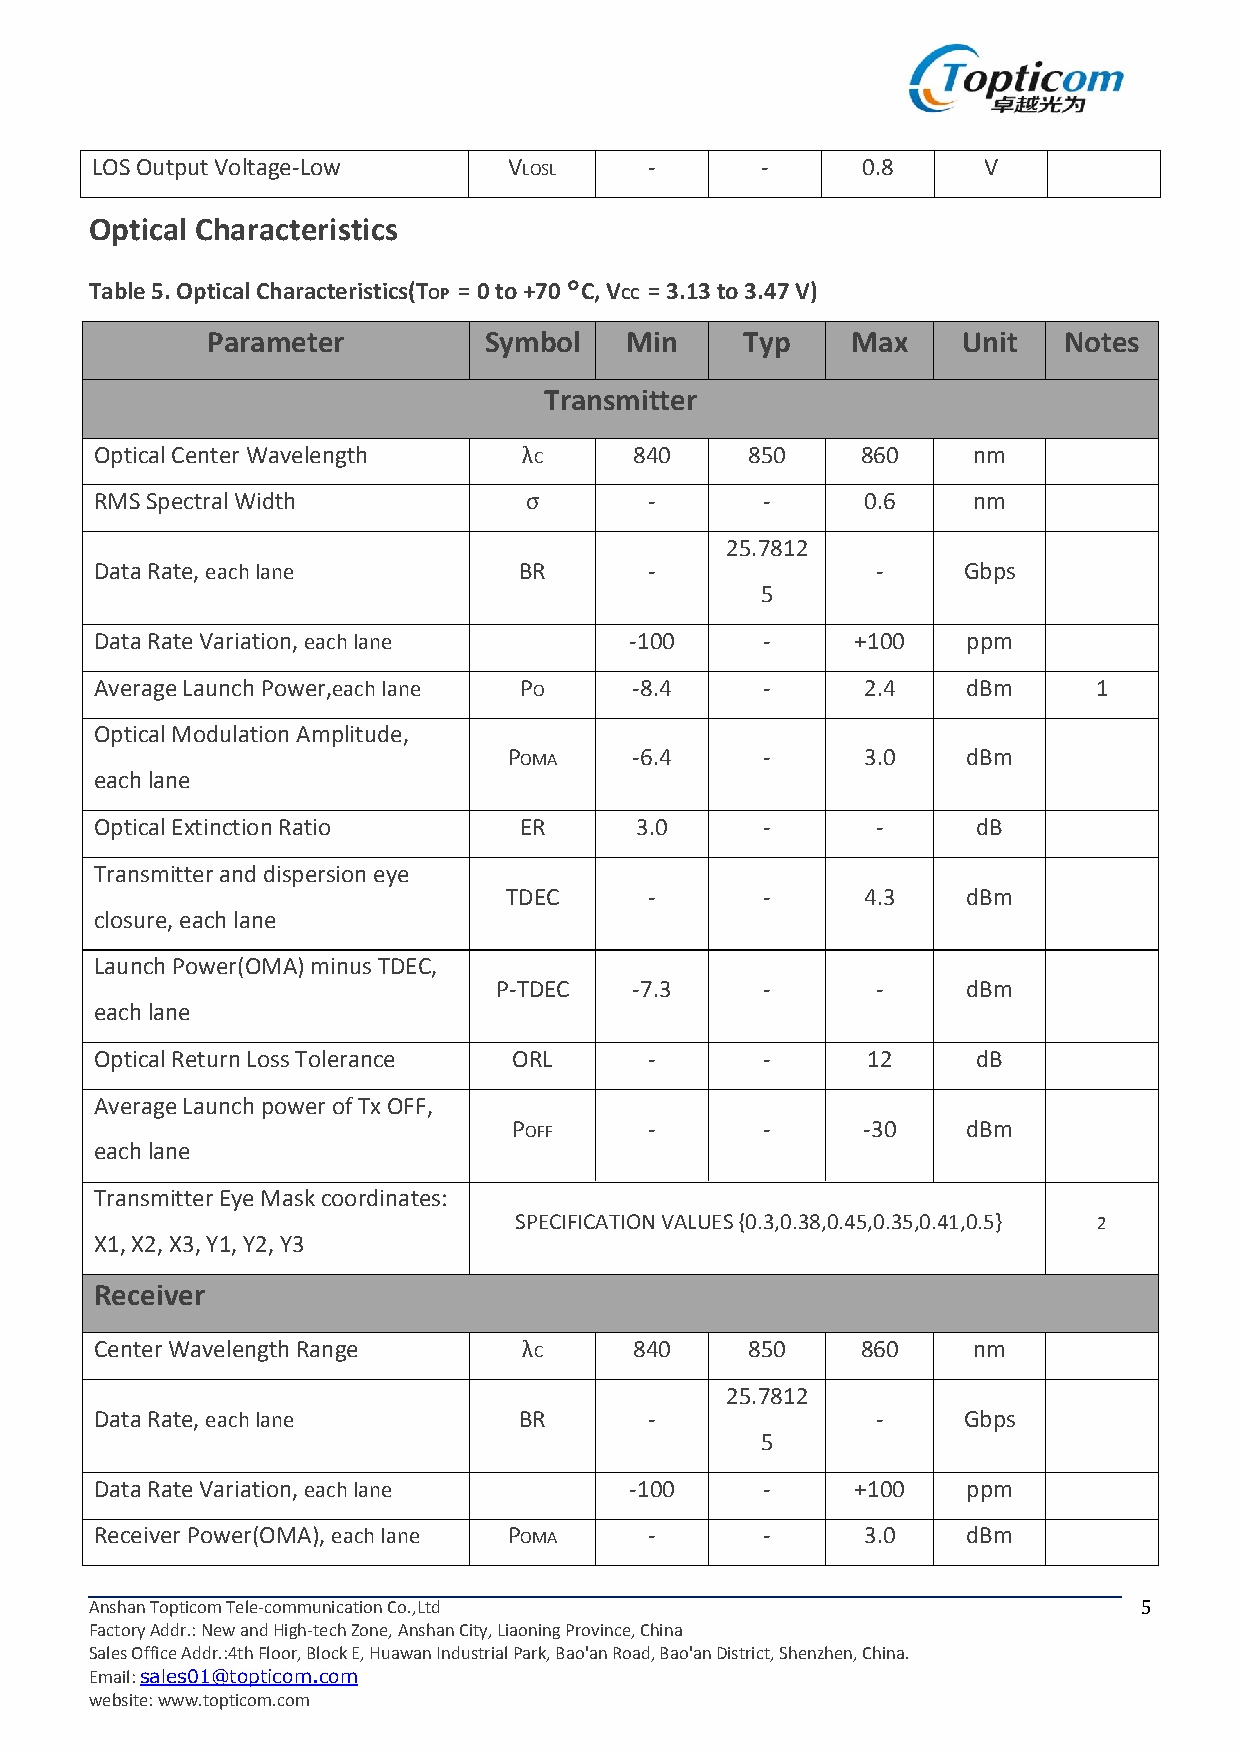
LOSOutputVoltage-Low        VLOSL    -      -      0.8     V
 Optical Characteristics
 Table5.OpticalCharacteristics(TOP =0to+70°C,VCC =3.13to3.47V)
 Parameter         Symbol   Min     Typ    Max     Unit  Notes
 Transmitter
 OpticalCenterWavelength      λC     840    850     860    nm
 RMSSpectralWidth             σ       -      -      0.6    nm
 25.7812
 DataRate,eachlane           BR       -              -     Gbps
 5
 DataRateVariation,eachlane          -100    -      +100   ppm
 AverageLaunchPower,eachlane PO      -8.4    -      2.4    dBm     1
 OpticalModulationAmplitude,
 POMA    -6.4    -      3.0    dBm
 eachlane
 OpticalExtinctionRatio      ER      3.0     -       -      dB
 Transmitteranddispersioneye
 TDEC      -      -      4.3    dBm
 closure,eachlane
 LaunchPower(OMA)minusTDEC,
 P-TDEC   -7.3    -       -     dBm
 eachlane
 OpticalReturnLossTolerance  ORL      -      -      12      dB
 AverageLaunchpowerofTxOFF,
 POFF     -      -      -30    dBm
 eachlane
 TransmitterEyeMaskcoordinates:
 SPECIFICATIONVALUES{0.3,0.38,0.45,0.35,0.41,0.5} 2
 X1,X2,X3,Y1,Y2,Y3
 Receiver
 CenterWavelengthRange        λC     840    850     860    nm
 25.7812
 DataRate,eachlane           BR       -              -     Gbps
 5
 DataRateVariation,eachlane          -100    -      +100   ppm
 ReceiverPower(OMA),eachlane POMA     -      -      3.0    dBm
 AnshanTopticomTele-communicationCo.,Ltd                               5
 FactoryAddr.:NewandHigh-techZone,AnshanCity,LiaoningProvince,China
 SalesOfficeAddr.:4thFloor,BlockE,HuawanIndustrialPark,Bao'anRoad,Bao'anDistrict,Shenzhen,China.
 Email:sales01@topticom.com
 website:www.topticom.com